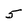
Character: 5